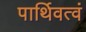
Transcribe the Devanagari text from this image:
पार्थिवत्वं